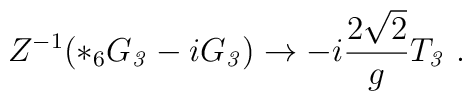
Z^{-1} ( *_6 G_{\it 3} - i  G_{\it 3}) \to - i\frac{2\sqrt{2}}{g} T_{\it 3} \ .